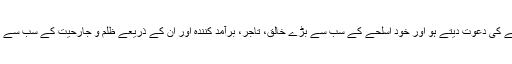
تم دوسروں کو غیرمسلح ہوجانے کی دعوت دیتے ہو اور خود اسلحے کے سب سے بڑے خالق، تاجر، برآمد کنندہ اور ان کے ذریعے ظلم و جارحیت کے سب سے بڑے علم بردار بنے بیٹھے ہو۔